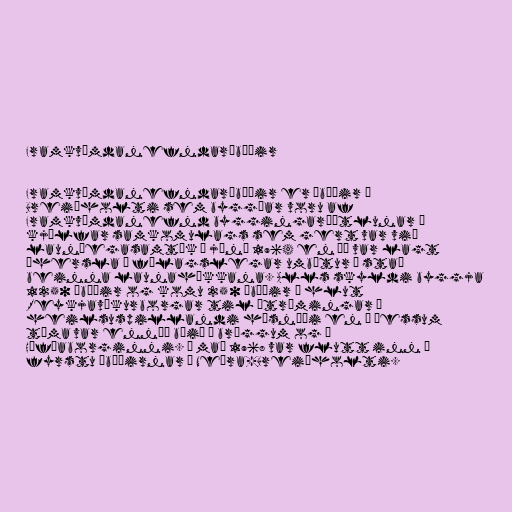
Framkvæmdanefndaríbúðir

Framkvæmdanefndaríbúðir er íbúðir í
Breiðholti sem byggðar voru af
Framkvæmdanefnd byggingaráætlunar í
kjölfar samkomulags sem gert var við
launþegasamtök í júní 1964 en þá var lagt
áhersla á félagslegar umbætur í stað
beinna launahækkana. Alls skyldi byggja
1250 íbúðir og komu 250 íbúðir í hlut
Reykjavíkurborgar til útrýmingar á
heilsuspillandi húsnæði en á þessum
tíma var ennþá búið í bröggum og í
Höfðaborginni. Í maí 1968 var flutt inn í
fyrstu íbúðirnar í Neðra-Breiðholti.